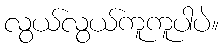
လွယ်လွယ်ကူကူပါပဲ။